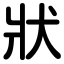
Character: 狀